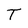
Character: T